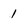
Character: 1